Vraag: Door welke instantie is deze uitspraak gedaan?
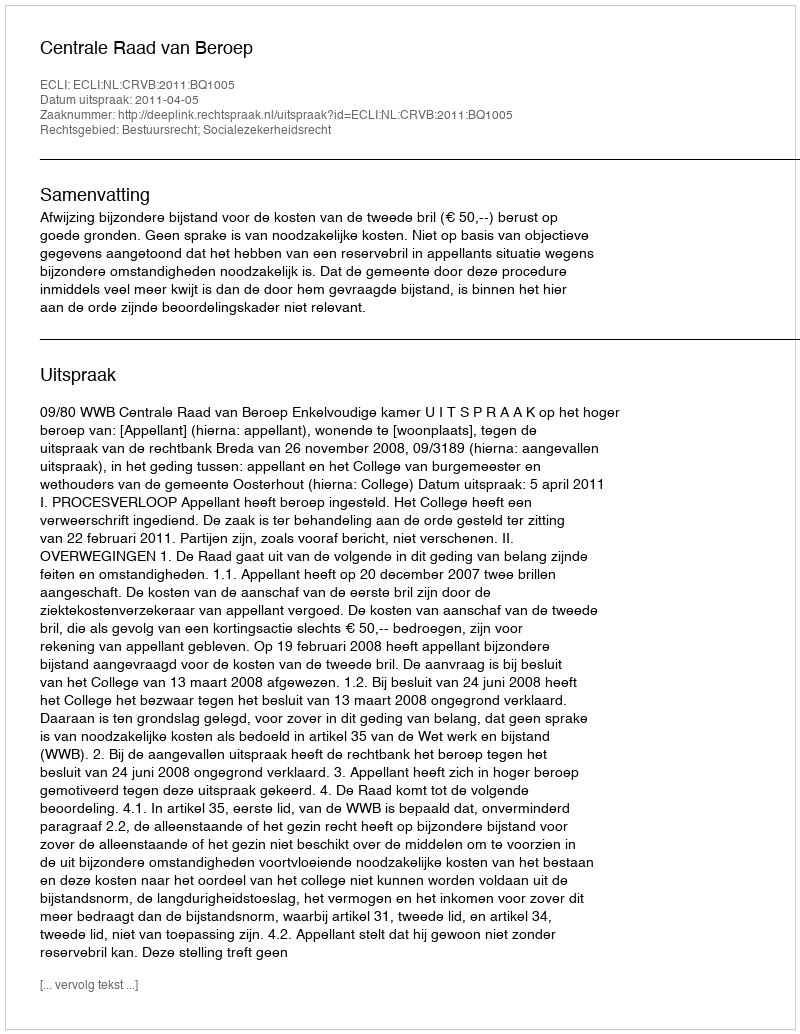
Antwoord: Centrale Raad van Beroep